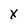
Character: X